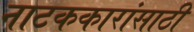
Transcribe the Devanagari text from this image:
नाटककारांसाठी